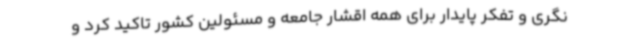
نگری و تفکر پایدار برای همه اقشار جامعه و مسئولین کشور تاکید کرد و